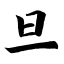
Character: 旦